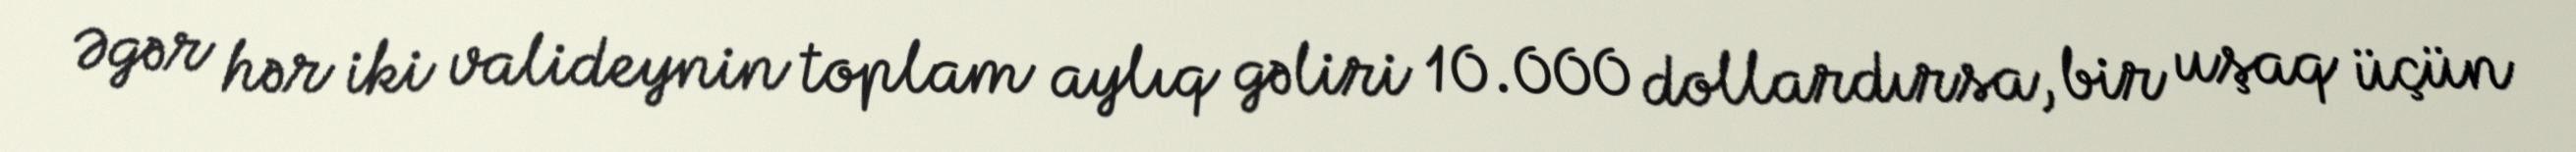
Əgər hər iki valideynin toplam aylıq gəliri 10.000 dollardırsa, bir uşaq üçün